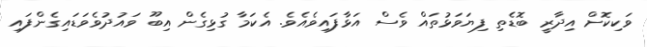
ވަކިކޮށް އިދާރީ ބޮޑެތި ފިޔަވަޅުތައް ވެސް އަޅާފައިވެއެވެ. އެކަމާ ގުޅިގެން އިބޫ ވައުދުވެވަޑައިގެންފައި